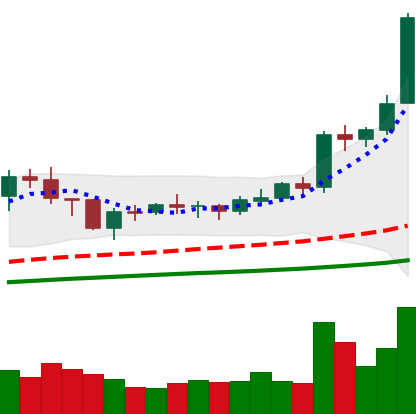
Ticker: BNB-USD
Chart end date: 2021-02-05
Forward return: 91.224%
Label: up_7plus